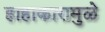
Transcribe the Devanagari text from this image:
हाहाकारामुळे